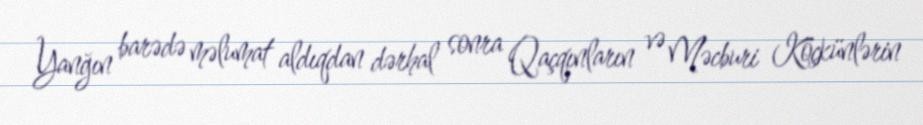
Yanğın barədə məlumat aldıqdan dərhal sonra Qaçqınların və Məcburi Köçkünlərin